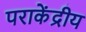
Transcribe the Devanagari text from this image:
पराकेंद्रीय